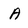
Character: A